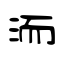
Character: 洏